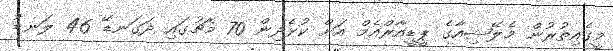
މީގެއިތުރުން މެލޭޝިއާގެ ޕީޑީއާރްއެމް އަށް ކުޅެދިން 70 މެޗުގައި ދަގަނޑޭ 46 ލަނޑު